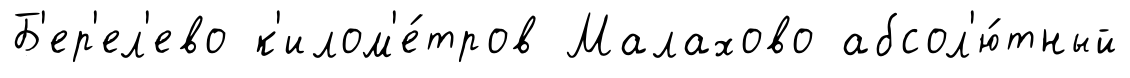
Б'ер'ел'ево к'илом'е́тров Малахово абсол'ю́тный